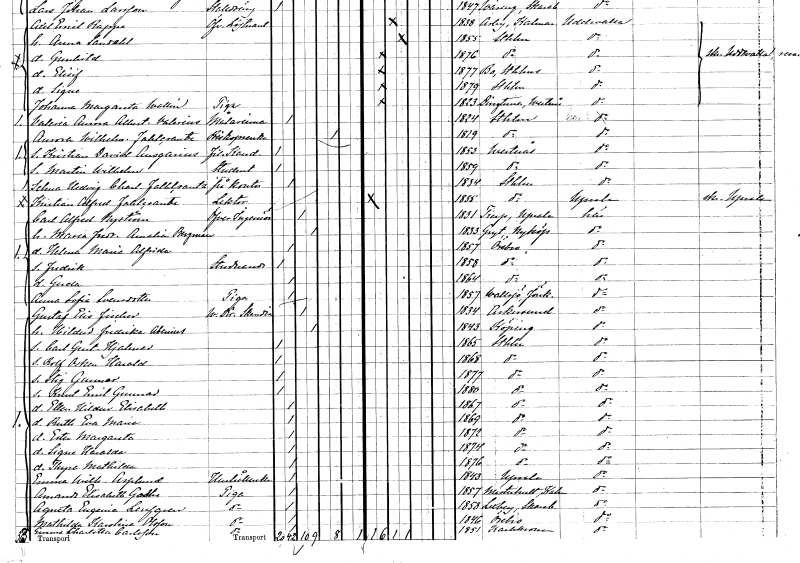
gt_parse: households: individuals: FN: Valeria Aurora Albertina
EN: Valerius
YRKE: Målarinna
KON: K
CIV: O
FODAR: 1824
FODFORS: Stockholm
FN: Aurora Wilhelmina
EN: Fahlcrantz
YRKE: Biskopsänka
KON: K
CIV: E
FODAR: 1819
FODFORS: Stockholm
FN: Kristian David Ansgarius
YRKE: Fil. kand.
KON: M
CIV: O
FODAR: 1853
FODFORS: Västerås Västmanlands län
FN: Martin Wilhelm
YRKE: Student
KON: M
CIV: O
FODAR: 1859
FODFORS: Västerås Västmanlands län
FN: Selma Hedvig Charlotta
EN: Fahlcrantz
YRKE: Kontorist
KON: K
CIV: O
FODAR: 1834
FODFORS: Stockholm
FN: Kristian Alfred
EN: Fahlcrantz
YRKE: Lektor
KON: M
CIV: O
FODAR: 1835
FODFORS: Stockholm
FN: Carl Alfred
EN: Nyström
YRKE: Överingenjör
KON: M
CIV: G
FODAR: 1831
FODFORS: Tierp Uppsala län
FN: Maria Fredrika Amalia
EN: Bergman
KON: K
CIV: G
FODAR: 1833
FODFORS: Gryt Södermanlands län
FN: Helena Maria Alfrida
KON: K
CIV: O
FODAR: 1857
FODFORS: Örebro Örebro län
FN: Fredrik
YRKE: Studerande
KON: M
CIV: O
FODAR: 1858
FODFORS: Örebro Örebro län
FN: Gerda
KON: K
CIV: O
FODAR: 1864
FODFORS: Örebro Örebro län
FN: Anna Sofia
EN: Svensdotter
YRKE: Piga
KON: K
CIV: O
FODAR: 1857
FODFORS: Vallsjö Jönköpings län
FN: Gustaf Elis
EN: Fischer
YRKE: Verkställande direktör vid Skandia
KON: M
CIV: G
FODAR: 1834
FODFORS: Askersund Örebro län
FN: Hildur Fredrika
EN: Abenius
KON: K
CIV: G
FODAR: 1843
FODFORS: Köping Västmanlands län
FN: Carl Gustaf Hjalmar
KON: M
CIV: O
FODAR: 1865
FODFORS: Stockholm
FN: Rolf Oskar Harald
KON: M
CIV: O
FODAR: 1868
FODFORS: Stockholm
FN: Stig Gunnar
KON: M
CIV: O
FODAR: 1877
FODFORS: Stockholm
FN: Knut Emil Gunnar
KON: M
CIV: O
FODAR: 1880
FODFORS: Stockholm
FN: Ellen Hildur Elisabeth
KON: K
CIV: O
FODAR: 1867
FODFORS: Stockholm
FN: Ruth Eva Maria
KON: K
CIV: O
FODAR: 1869
FODFORS: Stockholm
FN: Ester Margareta
KON: K
CIV: O
FODAR: 1872
FODFORS: Stockholm
FN: Signe Haralda
KON: K
CIV: O
FODAR: 1874
FODFORS: Stockholm
FN: Thyra Mathilda
KON: K
CIV: O
FODAR: 1876
FODFORS: Stockholm
FN: Emma Wilhelmina
EN: Asplund
YRKE: Hushållerska
KON: K
CIV: O
FODAR: 1843
FODFORS: Uppsala Uppsala län
FN: Amanda Elisabeth
EN: Godhe
YRKE: Piga
KON: K
CIV: O
FODAR: 1857
FODFORS: Misterhult Kalmar län
FN: Agneta Eugenia
EN: Leufgren
YRKE: Piga
KON: K
CIV: O
FODAR: 1858
FODFORS: Leksberg Skaraborgs län
FN: Mathilda Karolina
EN: Olsson
YRKE: Piga
KON: K
CIV: O
FODAR: 1846
FODFORS: Örebro Örebro län
FN: Emma Charlotta
EN: Carlsson
YRKE: Piga
KON: K
CIV: O
FODAR: 1851
FODFORS: Karlskrona Blekinge län